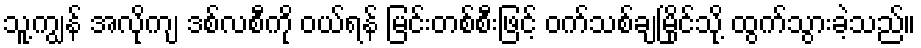
သူ့ကျွန် အလိုကျ ဒစ်လစီကို ဝယ်ရန် မြင်းတစ်စီးဖြင့် ဝက်သစ်ချမြိုင်သို့ ထွက်သွားခဲ့သည်။